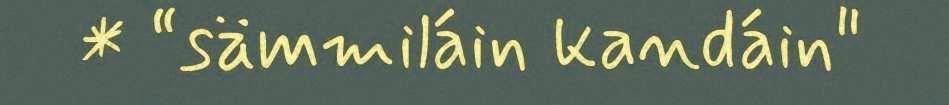
* “sämmiláin kandáin"